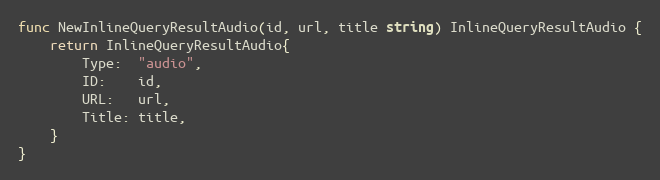
Language: Go
func NewInlineQueryResultAudio(id, url, title string) InlineQueryResultAudio {
	return InlineQueryResultAudio{
		Type:  "audio",
		ID:    id,
		URL:   url,
		Title: title,
	}
}